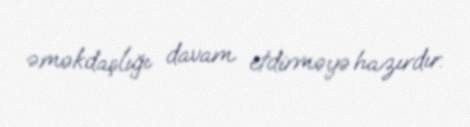
əməkdaşlığı davam etdirməyə hazırdır.